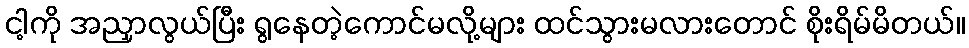
ငါ့ကို အညှာလွယ်ပြီး ရွနေတဲ့ကောင်မလို့များ ထင်သွားမလားတောင် စိုးရိမ်မိတယ်။